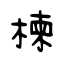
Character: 楝